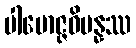
ပါမောဇ္ဇဝိပန္နဿ